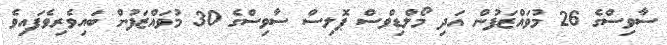
ސާވިސްގެ 26 މުވައްޒަފުން އަދި މޯލްޑިވްސް ޕޮލިސް ސާވިސްގެ 30 މުވައްޒަފުން ބައިވެރިވެފައިވެ